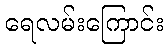
ရေလမ်းကြောင်း